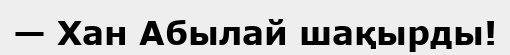
— Хан Абылай шақырды!